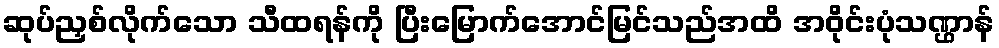
ဆုပ်ညှစ်လိုက်သော သီထရန်ကို ပြီးမြောက်အောင်မြင်သည်အထိ အဝိုင်းပုံသဏ္ဌာန်